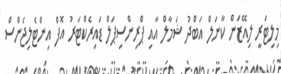
މިލިޓަރީ ލިއޭޒަން ކާނަލް އަބްދު ޝަމާލް އާއި ޕްރިންސިޕަލް ޑައިރެކްޓަރު އޮފް އިންޓެލިޖެންސް